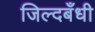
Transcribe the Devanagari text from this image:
जिल्दबँधी